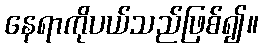
နေရာကိုပယ်သည်ဖြစ်၍။